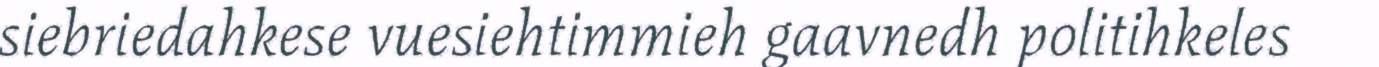
siebriedahkese vuesiehtimmieh gaavnedh politihkeles